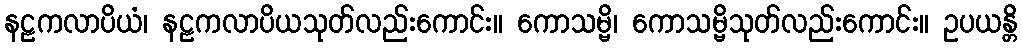
နဠကလာပိယံ၊ နဠကလာပိယသုတ်လည်းကောင်း။ ကောသမ္ဗိ၊ ကောသမ္ဗိသုတ်လည်းကောင်း။ ဥပယန္တိ